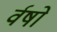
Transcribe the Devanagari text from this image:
र्वषों